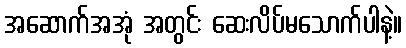
အဆောက်အအုံ အတွင်း ဆေးလိပ်မသောက်ပါနဲ့။